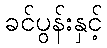
ခင်ပွန်းနှင့်